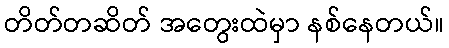
တိတ်တဆိတ် အတွေးထဲမှာ နစ်နေတယ်။